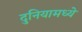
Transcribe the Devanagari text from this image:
दुनियामध्ये